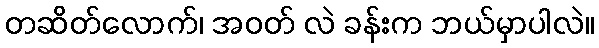
တဆိတ်လောက်၊ အဝတ် လဲ ခန်းက ဘယ်မှာပါလဲ။